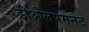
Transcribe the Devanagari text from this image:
डीओलपमनट